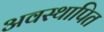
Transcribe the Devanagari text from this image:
अवस्थापित